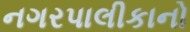
નગરપાલીકાનો